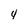
Character: 4